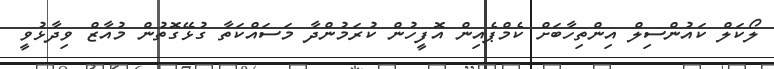
ލޯކަލް ކައުންސިލް އިންތިހާބަށް ކެމްޕެއިން އޮފީހުން ކުރަމުންދާ މަސައްކަތާ ގުޅޭގޮތުން މުއާޒް ވިދާޅުވީ